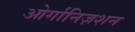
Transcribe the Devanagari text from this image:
ओर्गानिज़शन